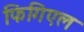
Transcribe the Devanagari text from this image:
फिगिएल